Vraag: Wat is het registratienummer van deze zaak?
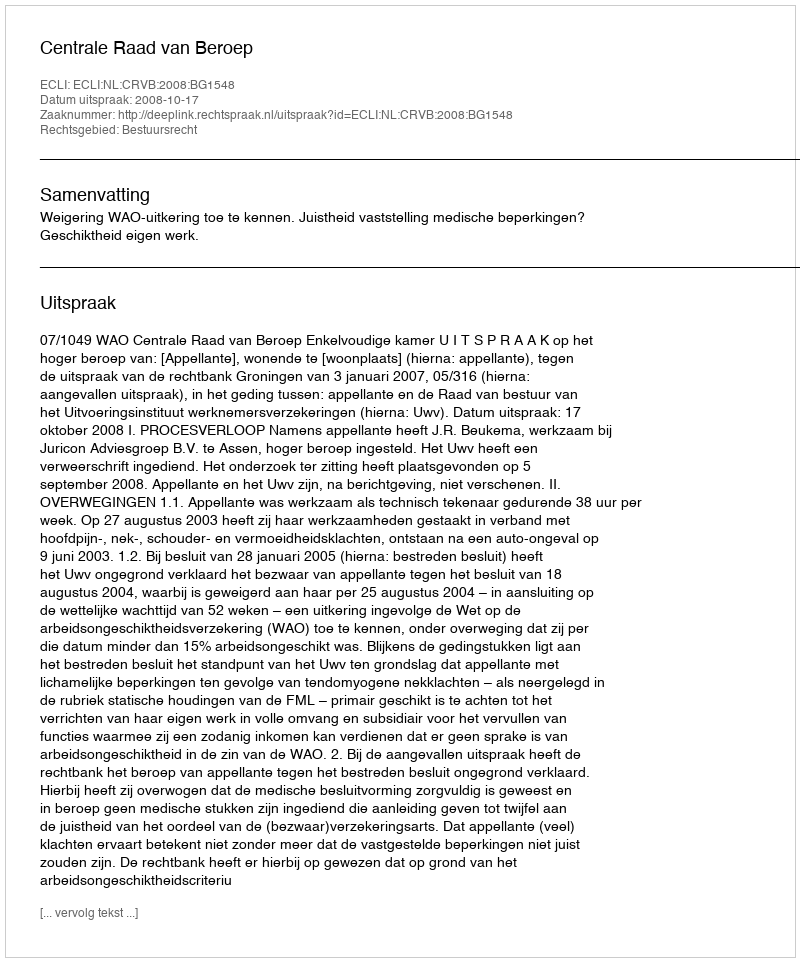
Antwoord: http://deeplink.rechtspraak.nl/uitspraak?id=ECLI:NL:CRVB:2008:BG1548